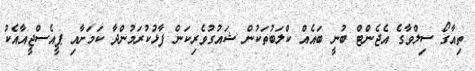
ތިއާގޯ ސިލްވާގެ އެޖެންޓް ބުނީ ބައެއް ކްލަބުތަކުން ޝައުގުވެރިކަން ފާޅުކުރަމުންދާ ކަމަށާއި ޕީއެސްޖީއާއެކު